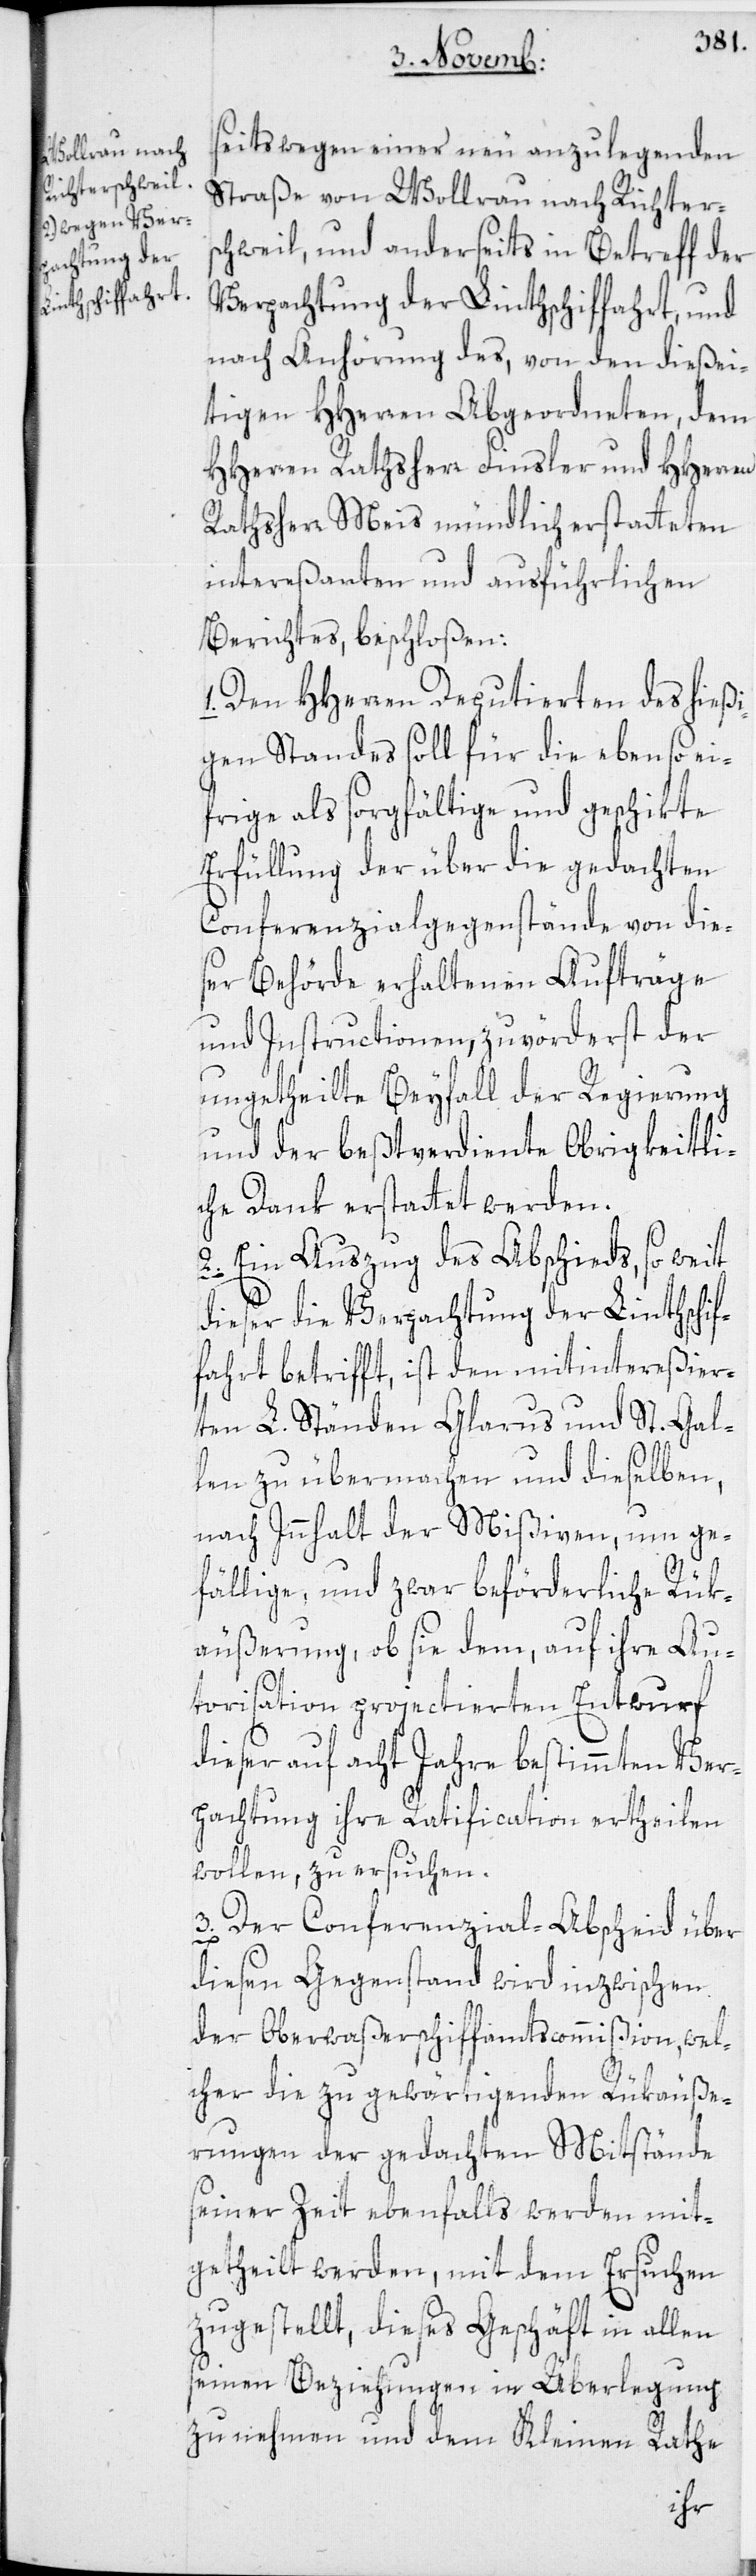
seits wegen einer neu anzulegenden
Straße von Wollrau nach Richter¬
schweil, und anderseits in Betreff der
Verpachtung der Linthschiffahrt, und
nach Anhörung des, von den dießei¬
tigen HHerren Abgeordneten, dem
HHerren Rathsherr Finsler und HHerren
Rathsherr Meis mündlich erstatteten
intereßanten und ausführlichen
Berichtes, beschloßen:
1. Den HHerren Deputierten des hießi¬
gen Standes soll für die eben so ei¬
frige als sorgfältige und geschikte
Erfüllung der über die gedachten
Conferenzialgegenstände von die¬
ser Behörde erhaltenen Aufträge
und Instructionen, zuvörderst der
ungetheilte Beyfall der Regierung
und der beßtverdiente Obrigkeitli¬
che Dank erstattet werden.
2. Ein Auszug des Abschieds, so weit
dieser die Verpachtung der Linthschif¬
fahrt betrifft, ist den mitintereßier¬
ten L. Ständen Glarus und St. Gal¬
len zu übermachen und dieselben,
nach Innhalt der Mißiven, um ge¬
fällige, und zwar beförderliche Rük¬
äußerung, ob sie dem, auf ihre Au¬
torisation projectierten Entwurf
dieser auf acht Jahre bestimmten Ver¬
pachtung ihre Ratification ertheilen
wollen, zu ersuchen.
3. Der Conferenzial-Abscheid über
diesen Gegenstand wird inzwischen
der Oberwaßerschiffamtscommißion, wel¬
cher die zu gewärtigenden Rükäuße¬
rungen der gedachten Mitstände
seiner Zeit ebenfalls werden mit¬
getheilt werden, mit dem Ersuchen
zugestellt, dieses Geschäft in allen
seinen Beziehungen in Überlegung
zu nehmen und dem Kleinen Rathe